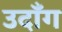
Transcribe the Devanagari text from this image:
उदाँग